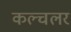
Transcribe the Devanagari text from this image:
कल्चलर